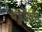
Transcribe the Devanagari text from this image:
चेंडुपर्यंत